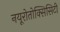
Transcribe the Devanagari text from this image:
नयूरोतोक्सिसिटी